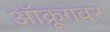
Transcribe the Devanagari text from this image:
ऑक्रूगवर